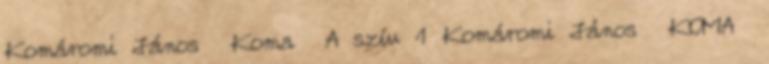
Komáromi János Koma A szív 1 Komáromi János KOMA